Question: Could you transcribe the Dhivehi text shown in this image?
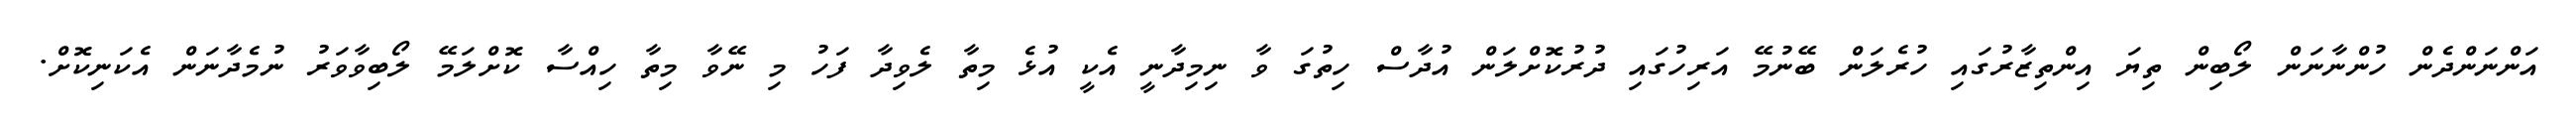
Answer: އަންނަންދެން ހުންނާނަން ލޯބިން ތިޔަ އިންތިޒާރުގައި ހުރެލަން ބޭނުމޭ އަރިހުގައި ދުރުކޮށްލަން އުދާސް ހިތުގަ ވާ ނިމިދާނީ އެކީ އުޅެ މިތާ ލެވިދާ ފަހު މި ނޭވާ މިތާ ހިއްސާ ކޮށްލަމޭ ލޯބިވާވަރު ނުމެދާނަން އެކަނިކޮށް.